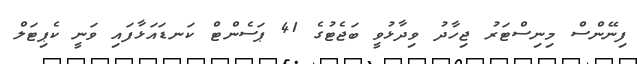
ފިނޭންސް މިނިސްޓަރު ޖިހާދު ވިދާޅުވީ ބަޖެޓުގެ 41 ޕަސެންޓް ކަނޑައަޅާފައި ވަނީ ކެޕިޓަލް